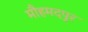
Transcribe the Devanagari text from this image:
मौहमदपुर